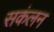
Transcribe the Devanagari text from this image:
सकंलन